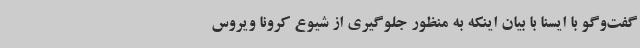
گفت‌وگو با ایسنا با بیان اینکه به منظور جلوگیری از شیوع کرونا ویروس